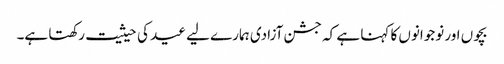
بچوں اور نوجوانوں کا کہنا ہے کہ جشن آزادی ہمارے لیے عید کی حیثیت رکھتا ہے۔